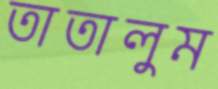
তাতালুম